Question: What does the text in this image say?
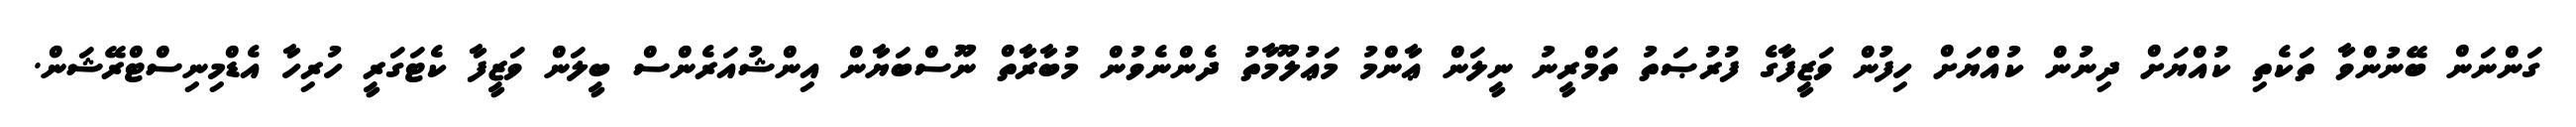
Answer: ގަންނަން ބޭނުންވާ ތަކެތި ކުއްޔަށް ދިނުން ކުއްޔަށް ހިފުން ވަޒީފާގެ ފުރުޞަތު ތަމްރީނު ނީލަން ޢާންމު މަޢުލޫމާތު ދެންނެވުން މުބާރާތް ނޫސްބަޔާން އިންޝުއަރެންސް ބީލަން ވަޒީފާ ކެޓަގަރީ ހުރިހާ އެޑްމިނިސްޓްރޭޝަން.